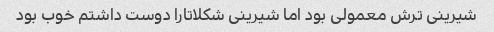
شیرینی ترش معمولی بود اما شیرینی شکلاتارا دوست داشتم خوب بود